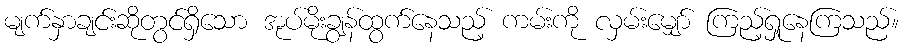
မျက်နှာချင်းဆိုတွင်ရှိသော အုပ်မိုးချွန်ထွက်နေသည့် ကမ်းကို လှမ်းမျှော် ကြည့်ရှုနေကြသည်။